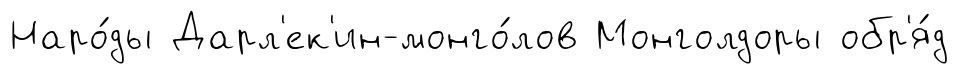
Наро́ды Дарл'ек'ин-монго́лов Монголдоры обр'я́д